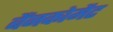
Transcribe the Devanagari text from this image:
बैंनकोमैट